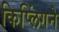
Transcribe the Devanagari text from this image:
किप्लिंगने